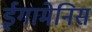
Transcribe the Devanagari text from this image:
ईगामेनिस